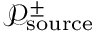
\mathcal { P } _ { \mathrm { s o u r c e } } ^ { \pm }